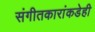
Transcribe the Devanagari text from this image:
संगीतकारांकडेही